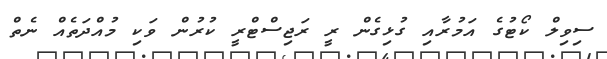
ސިވިލް ކޯޓުގެ އަމުރާއި ގުޅިގެން ރީ ރަޖިސްޓްރީ ކުރުން ވަކި މުއްދަތެއް ނެތް